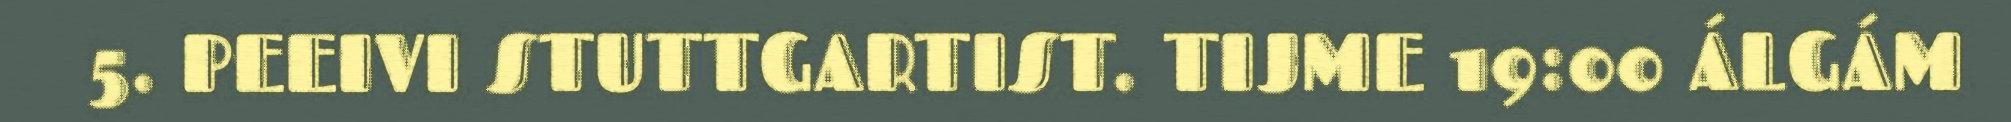
5. PEEIVI STUTTGARTIST. TIJME 19:00 ÁLGÁM